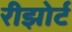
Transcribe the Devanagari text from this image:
रीझोर्ट